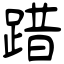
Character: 踖